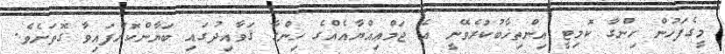
މީގެފަހުން ހިންގާ ކޮމިޓީ އިންތިޚާބުކުރެވޭނީ އެ ޖަމްޢިއްޔާއެއްގެ ހިންގާ ޤަވާއިދުގައި ބަޔާންކޮށްފައިވާ ގޮތަށެވެ.